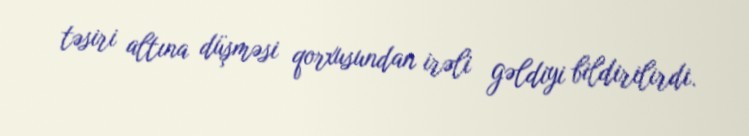
təsiri altına düşməsi qorxusundan irəli gəldiyi bildirilirdi.